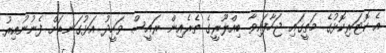
އެ ކޮޓަރިކޮޅުގެ މަތީގައި ޖަހާފައިވާ ބިއްލޫރީގެ ތެރެއިން ރައީސް ވަހީދު އަޅުގަނޑަށް ފެނުނުއިރު